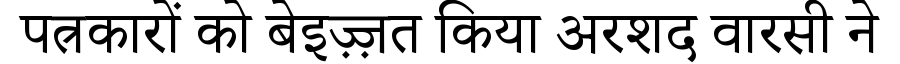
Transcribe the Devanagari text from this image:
पत्रकारों को बेइज़्ज़त किया अरशद वारसी ने